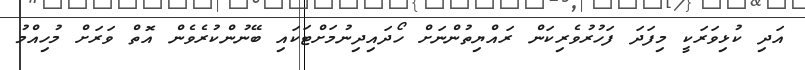
އަދި ކުޅިވަރަކީ މިފަދަ ފަހުރުވެރިކަން ރައްޔިތުންނަށް ހޯދައިދިނުމަށްޓަކައި ބޭނުންކުރެވެން އޮތް ވަރަށް މުހިއްމު